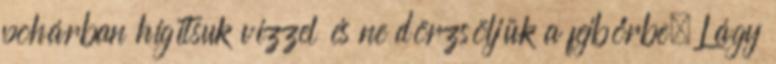
pohárban hígítsuk vízzel és ne dörzsöljük a fejbőrbe. Lágy